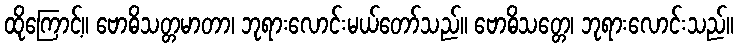
ထိုကြောင့်။ ဗောဓိသတ္တမာတာ၊ ဘုရားလောင်းမယ်တော်သည်။ ဗောဓိသတ္တေ၊ ဘုရားလောင်းသည်။